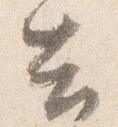
告